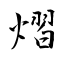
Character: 熠